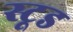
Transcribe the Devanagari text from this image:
स्टूड